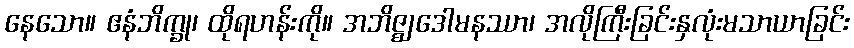
နေသော။ ဧနံဘိက္ခု၊ ထိုရဟန်းကို။ အဘိဇ္ဈဒေါမနဿာ၊ အလိုကြီးခြင်းနှလုံးမသာယာခြင်း